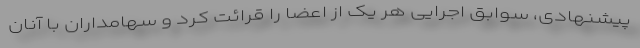
پیشنهادی، سوابق اجرایی هر یک از اعضا را قرائت کرد و سهامداران با آنان